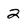
Character: 2